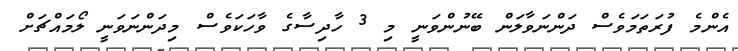
އެންމެ ފުރަތަމަވެސް ދަންނަވާލަން ބޭނުންވަނީ މި 3 ހާދިސާގެ ވާހަކަވެސް މިދަންނަވަނީ ލޯމައްޗަށް